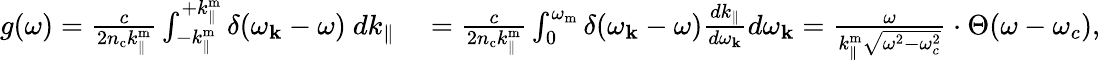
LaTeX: \begin{array}{rl}{g(\omega)=\frac{c}{2n_{\mathrm{c}}k_{\parallel}^{\mathrm{m}}}\int_{-k_{\parallel}^{\mathrm{m}}}^{+k_{\parallel}^{\mathrm{m}}}\delta(\omega_{\mathbf{k}}-\omega)\ dk_{\parallel}}&{{}=\frac{c}{2n_{\mathrm{c}}k_{\parallel}^{\mathrm{m}}}\int_{0}^{\omega_{\mathrm{m}}}\delta(\omega_{\mathbf{k}}-\omega)\frac{dk_{\parallel}}{d\omega_{\mathbf{k}}}d\omega_{\mathbf{k}}=\frac{\omega}{k_{\parallel}^{\mathrm{m}}\sqrt{\omega^{2}-\omega_{c}^{2}}}\cdot\Theta(\omega-\omega_{c}),}\end{array}